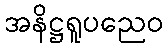
အနိဋ္ဌရူပညေဝ